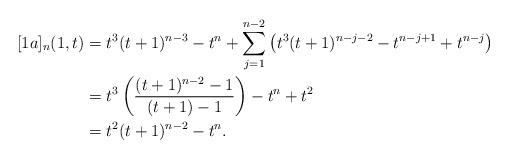
LaTeX: \begin{align*}[1a]_n(1,t) &= t^3 (t+1)^{n-3} - t^n + \sum_{j=1}^{n-2} \left( t^3 (t+1)^{n-j-2} - t^{n-j+1} + t^{n-j} \right) \\&= t^3 \left( \frac{(t+1)^{n-2}-1}{(t+1)-1}\right) - t^n + t^2 \\&= t^2(t+1)^{n-2} - t^n.\end{align*}